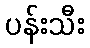
ပန်းသီး